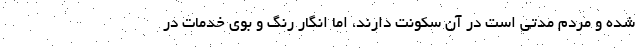
شده و مردم مدتی است در آن سکونت دارند، اما انگار رنگ و بوی خدمات در